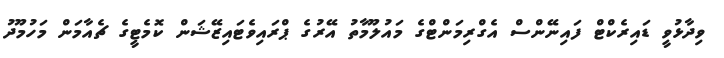
ވިދާޅުވީ ޑައިރެކްޓް ފައިނޭންސް އެގްރިމަންޓްގެ މައުލޫމާތު އޭރުގެ ޕްރައިވެޓައިޒޭޝަން ކޮމެޓީގެ ޗެއާމަން މަހުމޫދު